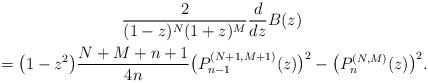
LaTeX: \begin{gather*} \frac{2}{(1-z) ^{N}(1+z) ^{M}}\frac{d}{dz}B(z) \\ {} =\big( 1-z^{2}\big) \frac{N+M+n+1}{4n}\big( P_{n-1}^{( N+1,M+1) }(z) \big) ^{2}-\big( P_{n}^{(N,M) }(z) \big) ^{2}.\end{gather*}